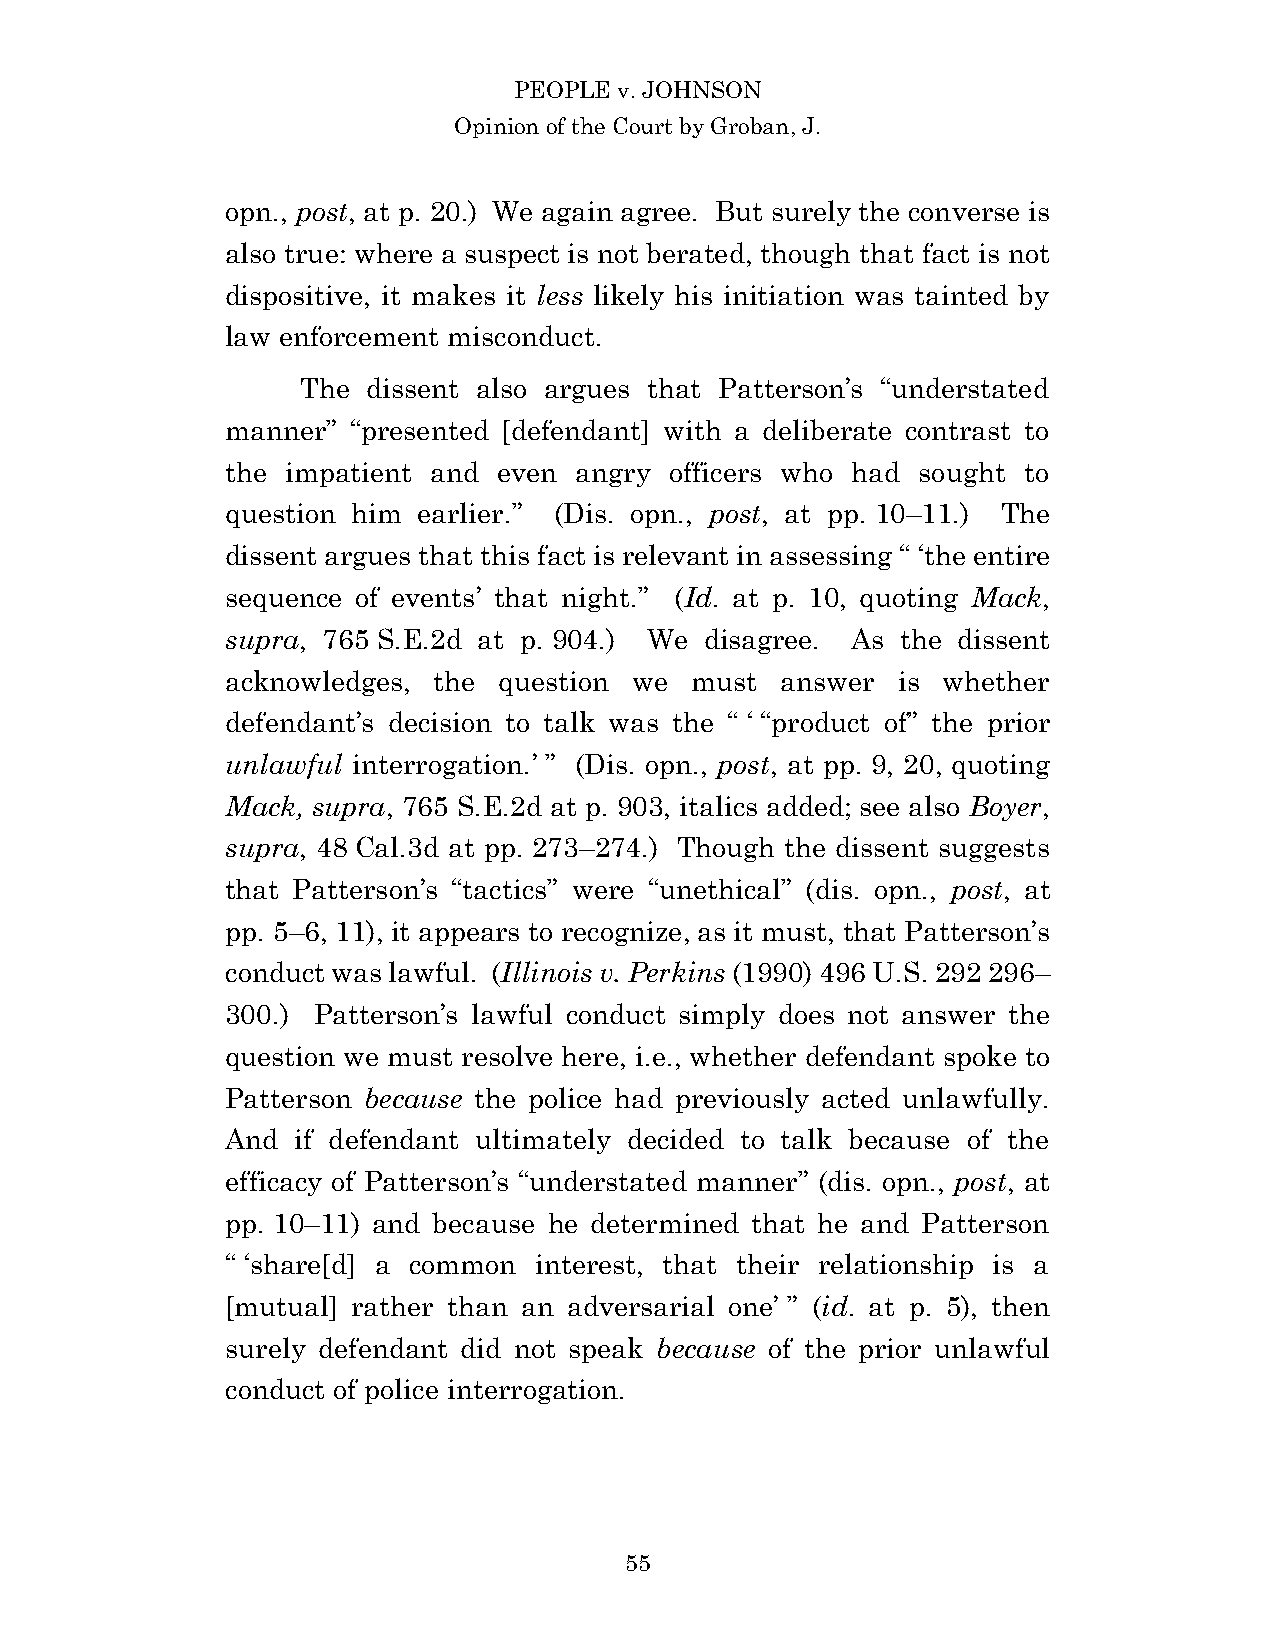
PEOPLE v. JOHNSON
 Opinion of the Court by Groban, J.
 opn., post, at p. 20.) We again agree. But surely the converse is
 also true: where a suspect is not berated, though that fact is not
 dispositive, it makes it less likely his initiation was tainted by
 law enforcement misconduct.
 The dissent also argues that Patterson’s “understated
 manner” “presented [defendant] with a deliberate contrast to
 the impatient and even angry officers who had sought to
 question him earlier.” (Dis. opn., post, at pp. 10–11.) The
 dissent argues that this fact is relevant in assessing “ ‘the entire
 sequence of events’ that night.” (Id. at p. 10, quoting Mack,
 supra, 765 S.E.2d at p. 904.) We disagree. As the dissent
 acknowledges, the question we  must  answer is whether
 defendant’s decision to talk was the “ ‘ “product of” the prior
 unlawful interrogation.’ ” (Dis. opn., post, at pp. 9, 20, quoting
 Mack, supra, 765 S.E.2d at p. 903, italics added; see also Boyer,
 supra, 48 Cal.3d at pp. 273–274.) Though the dissent suggests
 that Patterson’s “tactics” were “unethical” (dis. opn., post, at
 pp. 5–6, 11), it appears to recognize, as it must, that Patterson’s
 conduct was lawful. (Illinois v. Perkins (1990) 496 U.S. 292 296–
 300.) Patterson’s lawful conduct simply does not answer the
 question we must resolve here, i.e., whether defendant spoke to
 Patterson because the police had previously acted unlawfully.
 And if defendant ultimately decided to talk because of the
 efficacy of Patterson’s “understated manner” (dis. opn., post, at
 pp. 10–11) and because he determined that he and Patterson
 “ ‘share[d] a common interest, that their relationship is a
 [mutual] rather than an adversarial one’ ” (id. at p. 5), then
 surely defendant did not speak because of the prior unlawful
 conduct of police interrogation.
 5 5